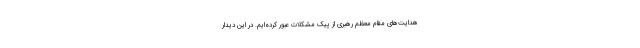
هدایت‌های مقام معظم رهبری از پیک مشکلات عبور کرده‌ایم. در این دیدار